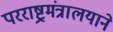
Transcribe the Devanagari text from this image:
परराष्ट्रमंत्रालयाने